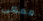
معكى